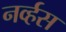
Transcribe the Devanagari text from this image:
नव्‍र्हस